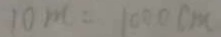
1 0 m = 1 0 0 0 c m